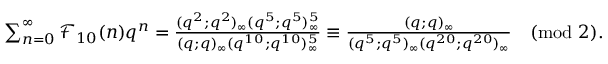
\begin{array} { r } { \sum _ { n = 0 } ^ { \infty } \mathcal { F } _ { 1 0 } ( n ) q ^ { n } = \frac { ( q ^ { 2 } ; q ^ { 2 } ) _ { \infty } ( q ^ { 5 } ; q ^ { 5 } ) _ { \infty } ^ { 5 } } { ( q ; q ) _ { \infty } ( q ^ { 1 0 } ; q ^ { 1 0 } ) _ { \infty } ^ { 5 } } \equiv \frac { ( q ; q ) _ { \infty } } { ( q ^ { 5 } ; q ^ { 5 } ) _ { \infty } ( q ^ { 2 0 } ; q ^ { 2 0 } ) _ { \infty } } \pmod 2 . } \end{array}